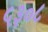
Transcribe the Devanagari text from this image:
५३०८